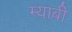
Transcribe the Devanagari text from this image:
म्याबी